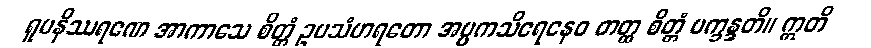
ရူပနိဿရဏေ အာကာသေ စိတ္တံ ဥပသံဟရတော အပ္ပကသိရေနေဝ တတ္ထ စိတ္တံ ပက္ခန္ဒတိ။ ဣတိ